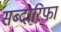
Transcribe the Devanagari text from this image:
सब्दारिफा